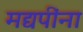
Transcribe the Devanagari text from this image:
मद्यपींना